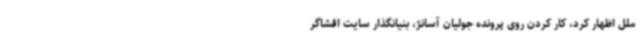
ملل اظهار کرد، کار کردن روی پرونده جولیان آسانژ، بنیانگذار سایت افشاگر